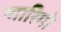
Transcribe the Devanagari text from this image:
न्गारिगो